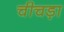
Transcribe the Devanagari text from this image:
चीचड़ा